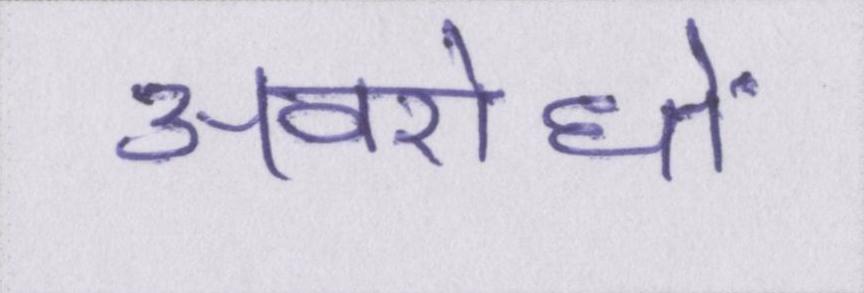
अवरोधों